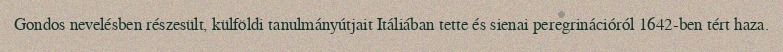
Gondos nevelésben részesült, külföldi tanulmányútjait Itáliában tette és sienai peregrinációról 1642-ben tért haza.